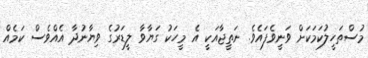
މުސްތަހީލުކަމަކަށް ވަނީވެފައެވެ. ނަތީޖާއަކީ އެ މީހަކު ގަޔާވާ ލީޑަރުގެ ވިޔާނުދާ އެއްވެސް ކަމެއް